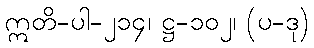
ဣတိ-ပါ-၂၁၄၊ ဋ္ဌ-၁၀၂၊ (ပ-ဒု)